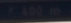
转角